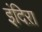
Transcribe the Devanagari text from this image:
इंदिऱा